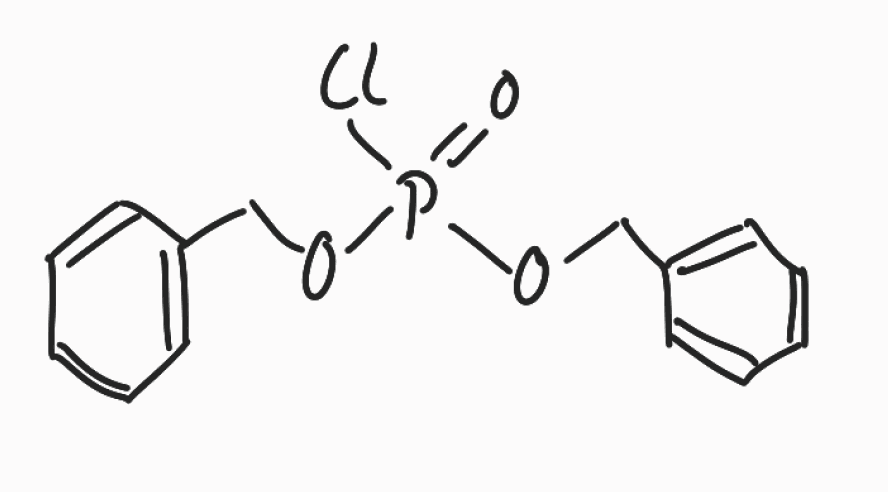
Simplified molecular-input line-entry system (SMILES) notation of the given molecule:
C1=CC=C(C=C1)COP(=O)(OCC2=CC=CC=C2)Cl